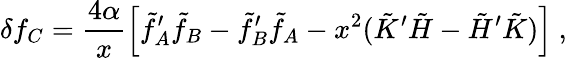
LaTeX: \delta f_{C}=\frac{4\alpha}{x}\Bigl[\tilde{f}_{A}^{\prime}\tilde{f}_{B}-\tilde{f}_{B}^{\prime}\tilde{f}_{A}-x^{2}(\tilde{K}^{\prime}\tilde{H}-\tilde{H}^{\prime}\tilde{K})\Bigr]\ ,